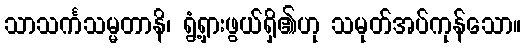
သာသင်္ကသမ္မတာနိ၊ ရွံ့ရှားဖွယ်ရှိ၏ဟု သမုတ်အပ်ကုန်သော။